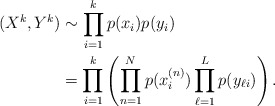
\begin{align*}(X^k, Y^k) &\sim \prod_{i=1}^k p(x_{i}) p(y_{i})\\&= \prod_{i=1}^k\left(\prod_{n=1}^N p(x^{(n)}_{i})\prod_{\ell=1}^L p(y_{\ell i})\right). \end{align*}